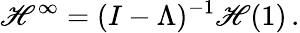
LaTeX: \mathscr{H}^{\infty}=(I-\Lambda)^{-1}\mathscr{H}(1)\, .